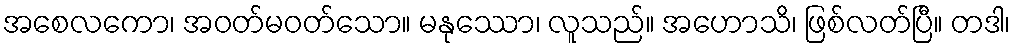
အစေလကော၊ အဝတ်မဝတ်သော။ မနုဿော၊ လူသည်။ အဟောသိ၊ ဖြစ်လတ်ပြီ။ တဒါ၊